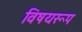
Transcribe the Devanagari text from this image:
विषयरूप